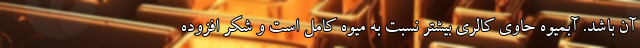
آن باشد. آبمیوه حاوی کالری بیشتر نسبت به میوه کامل است و شکر افزوده